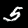
Label: 5